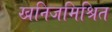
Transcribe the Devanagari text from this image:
खनिजमिश्रित